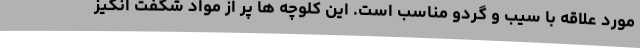
مورد علاقه با سیب و گردو مناسب است. این کلوچه ها پر از مواد شگفت انگیز